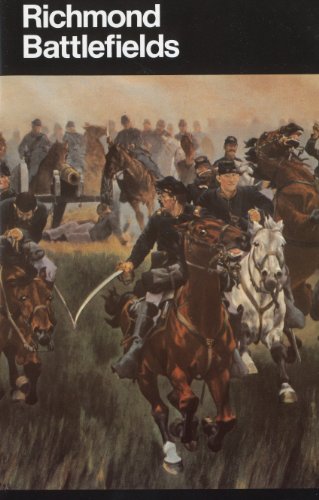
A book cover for Richmond National Battlefield Park, Virginia (024-005-00182-4); Joseph P. Cullen; Travel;